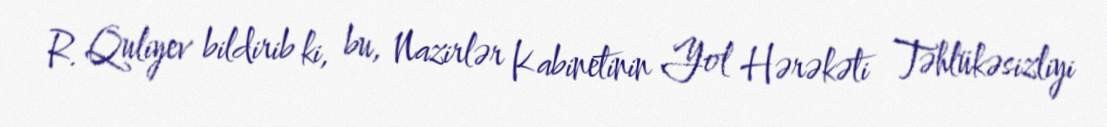
R. Quliyev bildirib ki, bu, Nazirlər Kabinetinin Yol Hərəkəti Təhlükəsizliyi